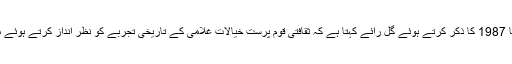
یوگیتا گوئل سے اقتباس ہے: مولیفی اسانتے کی دی ایفروسینٹروآئیڈیا 1987 کا ذکر کرتے ہوئے گل رائے کہتا ہے کہ ثقافتی قوم پرست خیالات غلامی کے تاریخی تجربے کو نظر انداز کرتے ہوئے ماقبل تاریخ کے عہد کے صوفیانہ افریقہ کے وقت تک پہنچتے ہیں۔